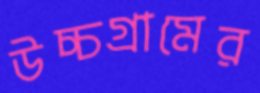
উচ্চগ্রামের